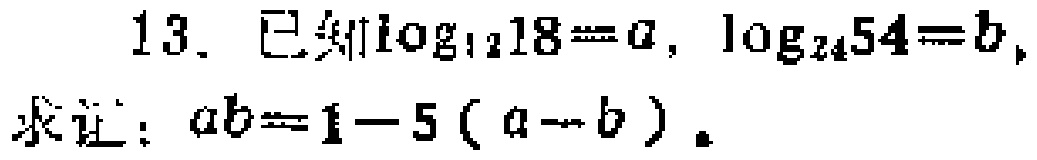
13. 已知\(\log_{12}18 = a\)，\(\log_{24}54 = b\)，
求证：\(ab = 1 - 5(a - b)\)。